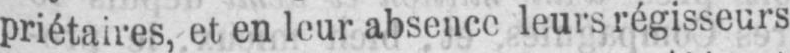
priétaires, et en leur absence leurs régisseurs